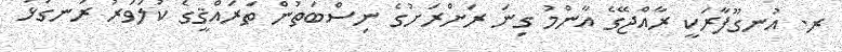
ރ. އުނގޫފާރަކީ ރާއްޖޭގެ އާންމު ގިނަ ރަށްރަށުގެ ނިސްބަތުން ތަރައްޤީގެ ކުލަވަރު ރަނގަޅު